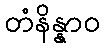
တံနိန္နာဝ